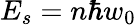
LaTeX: E_{s}=n\hbar w_{0}